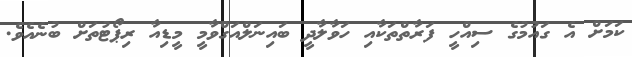
ކަމަށް އެ ގައުމުގެ ސިއްހީ ފަރާތްތަކާއި ހަވާލާދީ ބައިނަލްއަގްވާމީ މީޑިއާ ރިޕޯޓުތަށް ބުނެއެވެ.